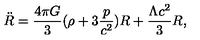
{ \ddot { R } } = \frac { 4 \pi G } { 3 } ( \rho + 3 \frac { p } { c ^ { 2 } } ) R + \frac { \Lambda c ^ { 2 } } { 3 } R ,